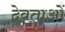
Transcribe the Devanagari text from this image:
द्वेवताओं